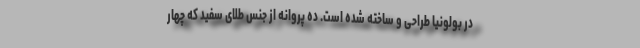
در بولونیا طراحی و ساخته شده است. ده پروانه از جنس طلای سفید که چهار